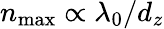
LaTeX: n_{\mathrm{max}}\propto\lambda_{0}/d_{z}